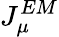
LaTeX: J_{\mu}^{EM}